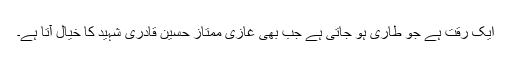
ایک رقت ہے جو طاری ہو جاتی ہے جب بھی غازی ممتاز حسین قادری شہید کا خیال آتا ہے۔